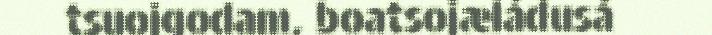
tsuojgodam, boatsojæládusá